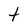
Character: t